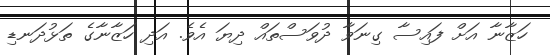
ހަޒާނާ އަށް ފައިސާ ގިނަވާ ދުވަސްތައް ދިޔަ އެވެ. އަދި ހަޒާނާގެ ތަޅުދަނޑި